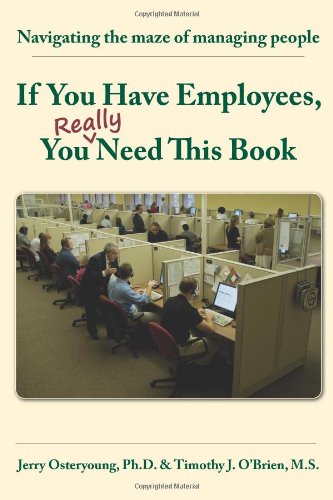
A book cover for If You Have Employees, You Really Need This Book; Jerry Osteryoung; Business & Money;